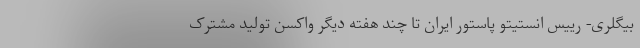
بیگلری- رییس انستیتو پاستور ایران تا چند هفته دیگر واکسن تولید مشترک